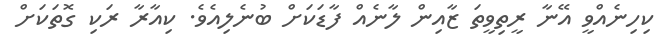
ކިހިނެއްވީ އޭނާ ރީތިވީތަ ޒާއިން ލާނެއް ފާޑަކަށް ބުނެލިއެވެ. ކިއާރާ ރަކި ގޮތަކަށް